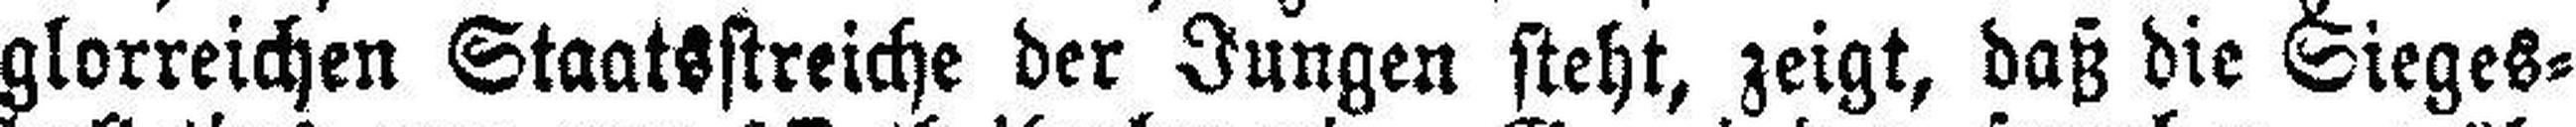
glorreichen Staatsstreiche der Jungen steht, zeigt, daß die Sieges¬